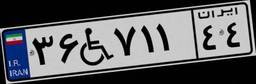
۹۲W۹۹۶۷۶